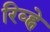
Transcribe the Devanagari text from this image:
रिव्ह्ने